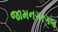
જામનગરગજ